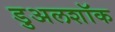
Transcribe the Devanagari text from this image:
डुअलशॉक